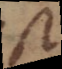
est